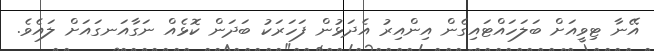
އޭނާ ޓިވީއަށް ބަލަހައްޓައިގެން އިންއިރު އެދަޅުން ފަހަރަކު ބަދަން ކޮޅެއް ނަގާއަނގައަށް ލައެވެ.